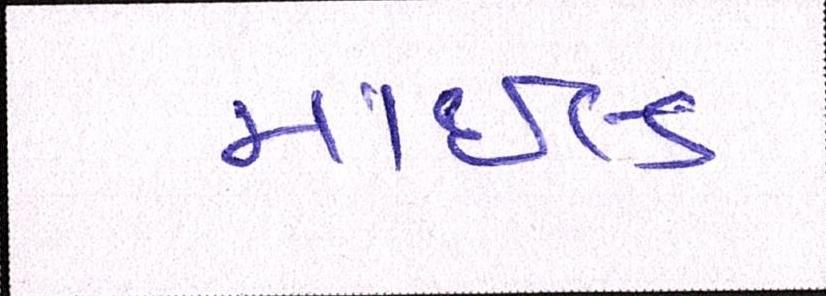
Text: માઇલ્ડ